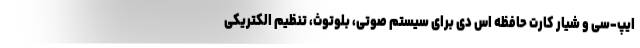
ایپ-سی و شیار کارت حافظه اس دی برای سیستم صوتی، بلوتوث، تنظیم الکتریکی